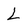
Character: L